Report on vaccination in the Province of Bengal - 1869-1873
Year: 1869
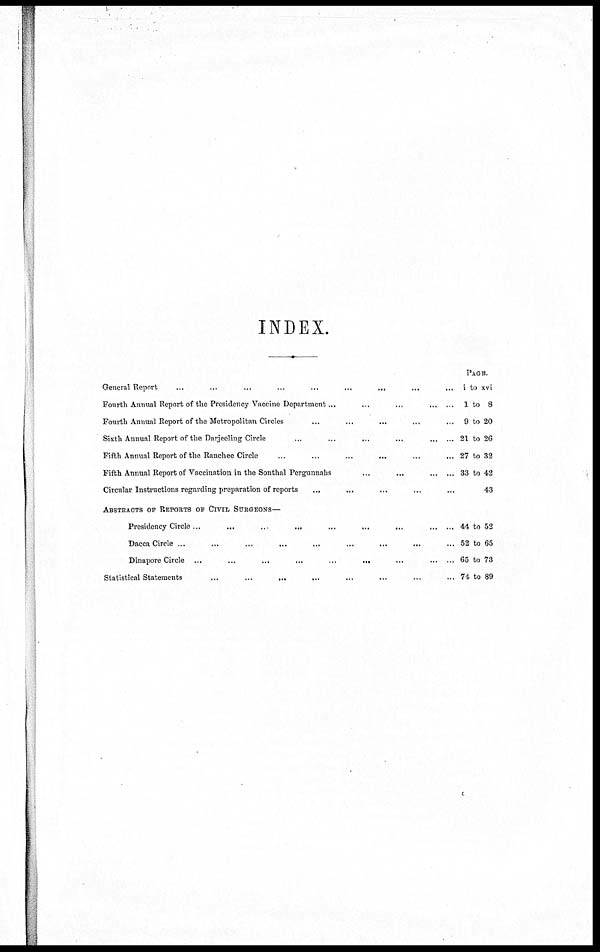
INDEX.
General Report
...
...
...
...
...
...
...
Fourth Annual Report of the Presidency Vaccine Department...
...
...
Fourth Annual Report of the Metropolitan Circles ... ... ... ... ...
Sixth Annual Report of the Darjeeling Circle
...
...
...
...
Fifth Annual Report of the Ranchee Circle
...
...
...
...
...
...
Fifth Annual Report of Vaccination in the Sonthal Pergunnahs
...
...
Circular Instructions regarding preparation of reports ... ... ... ... ...
ABSTRACTS OF REPORTS OF CIVIL SURGEONS—
Presidency Circle...
...
...
...
...
...
...
...
...
Dacca Circle ...
...
...
...
...
...
...
...
Dinapore Circle ...
...
...
...
...
...
...
Statistical Statements
...
...
...
...
PAGE.
i to xvi
1 to 8
9 to 20
21 to 26
27 to 32
33 to 42
43
44 to 52
52 to 65
65 to 73
74 to 89